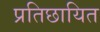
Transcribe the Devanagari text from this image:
प्रतिछायित